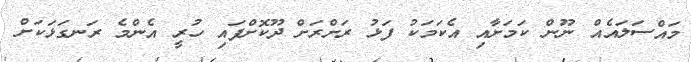
މައްސަލައެއް ނޫން ކަމަށާއި އެކަމަކު ފަޅު ރަށްރަށް ދޫކޮށްފައި ހުރީ އެންމެ ރަނގަޅަކަށް